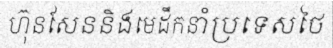
ហ៊ុនសែននិងមេដឹកនាំប្រទេសថៃ